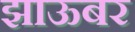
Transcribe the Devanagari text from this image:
झाऊबर